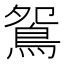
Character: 鴛